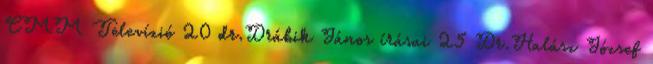
CMM Televízió 20 dr.Drábik János írásai 25 Dr.Halász József